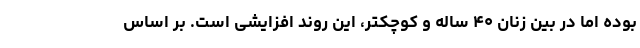
بوده اما در بین زنان ۴۰ ساله و کوچکتر، این روند افزایشی است. بر اساس